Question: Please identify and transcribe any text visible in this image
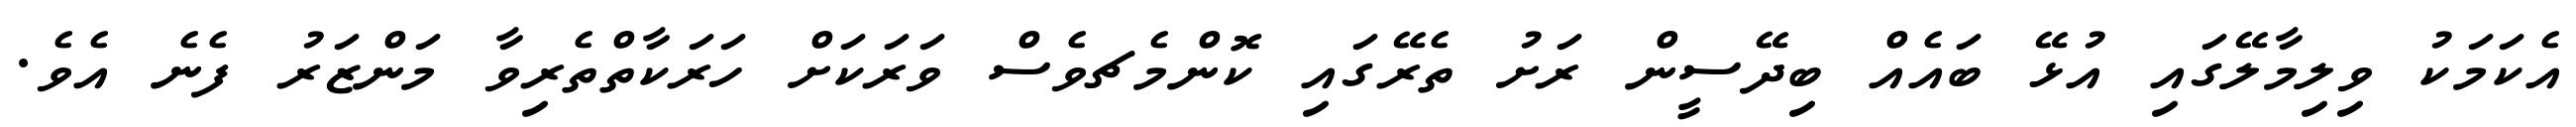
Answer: އެކަމަކު ވިލިމާލޭގައި އުޅޭ ބައެއް ބިދޭސީން ރަށު ތެރޭގައި ކޮންމެޗވެސް ވަރަކަށް ހަރަކާތްތެރިވާ މަންޒަރު ފެނެ އެވެ.